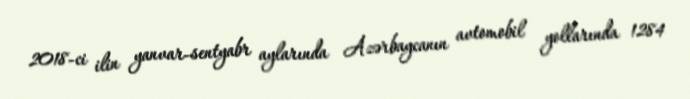
2018-ci ilin yanvar-sentyabr aylarında Azərbaycanın avtomobil yollarında 1284